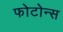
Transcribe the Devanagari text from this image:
फोटोन्स